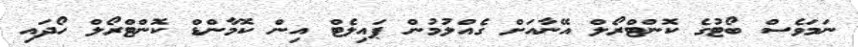
ނަމަވެސް ބޯޓުގެ ކޮންޓްރޯލް އޭނާއަށް ގެެއްލުމުން ޕައިލެޓް އިން ކޮމާންޑް ކޮންޓްރޯލް ހޯދައި